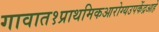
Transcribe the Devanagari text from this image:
गावात१प्राथमिकआरोग्यउपकेंद्रआहे